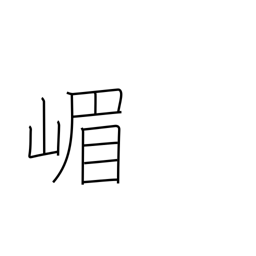
Meaning: place name